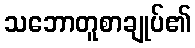
သဘောတူစာချုပ်၏